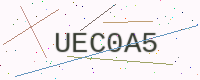
Text: UEC0A5